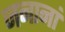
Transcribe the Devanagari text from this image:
जनानां